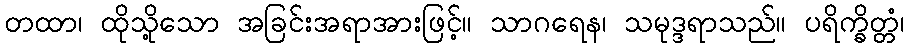
တထာ၊ ထိုသို့သော အခြင်းအရာအားဖြင့်။ သာဂရေန၊ သမုဒ္ဒရာသည်။ ပရိက္ခိတ္တံ၊